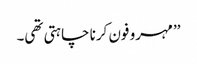
’’مہرو فون کرنا چاہتی تھی۔